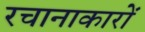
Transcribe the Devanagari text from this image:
रचानाकारों